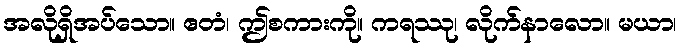
အလိုရှိအပ်သော။ ဧတံ၊ ဤစကားကို။ ကရဿု၊ လိုက်နာလော။ မယာ၊